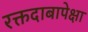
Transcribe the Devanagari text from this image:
रक्तदाबापेक्षा